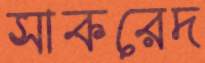
সাকরেদ